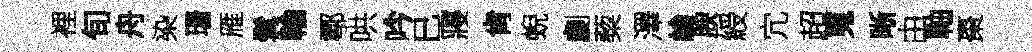
裡旬舟染珊雁髯輪鄠哄吟巳寢肯蜺劇蔾澤綸腴綬宂超嵬晰由軸棗